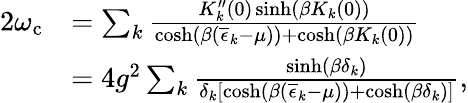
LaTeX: \begin{array}{rl}{2\omega_{\mathrm{c}}}&{=\sum_{k}\frac{K_{k}^{\prime\prime}(0)\sinh\left(\beta K_{k}(0)\right)}{\cosh\left(\beta\left(\overline{{\epsilon}}_{k}-\mu\right)\right)+\cosh\left(\beta K_{k}(0)\right)}}\\ &{=4g^{2}\sum_{k}\frac{\sinh\left(\beta\delta_{k}\right)}{\delta_{k}\left[\cosh\left(\beta\left(\overline{{\epsilon}}_{k}-\mu\right)\right)+\cosh\left(\beta\delta_{k}\right)\right]},}\end{array}